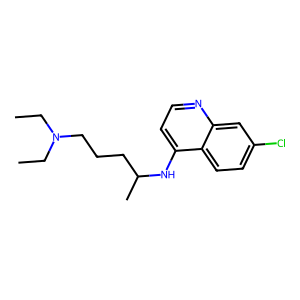
SMILES: CCN(CC)CCCC(C)Nc1ccnc2cc(Cl)ccc12
Inhibits HIV replication: No